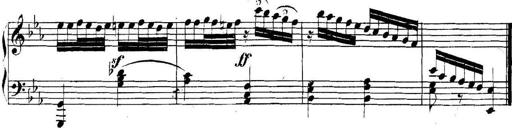
Title: Collected Piano Sonatas
Composer: Muzio Clementi